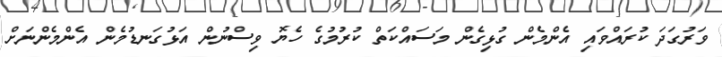
ވަރުގަދަ ކުރައްވައި އެންމެން ގުޅިގެން މަސައްކަތް ކުރުމުގެ ހެޔޮ ވިސްނުން އަޅުގަނޑުމެން އެންމެންނަށް